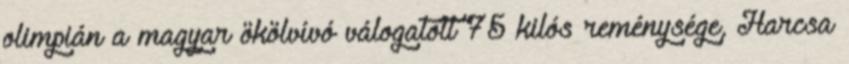
olimpián a magyar ökölvívó válogatott 75 kilós reménysége, Harcsa